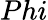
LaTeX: Phi